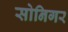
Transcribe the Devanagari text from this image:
सोनिगर